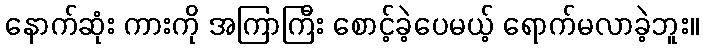
နောက်ဆုံး ကားကို အကြာကြီး စောင့်ခဲ့ပေမယ့် ရောက်မလာခဲ့ဘူး။